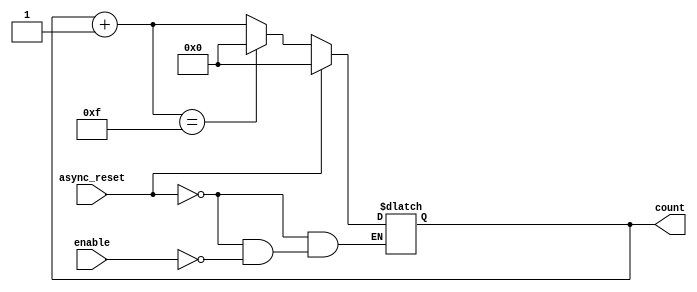
module dynamic_asynchronous_counter (
    input wire enable,        // Enable signal for counting
    input wire async_reset,   // Asynchronous reset signal
    output reg [3:0] count    // 4-bit counter output
);

// Asynchronous reset logic
always @* begin
    if (async_reset) begin
        count = 4'b0000; // Reset the counter to 0
    end else if (enable) begin
        // Increment the counter on enable signal
        count = count + 1;
        // Wrap around when reaching maximum value (15 for 4-bit counter)
        if (count == 4'b1111) begin
            count = 4'b0000; // Wrap around to 0
        end
    end
end

endmodule